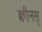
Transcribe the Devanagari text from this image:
क्वीनस्